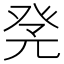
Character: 𤼫